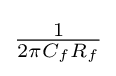
{\tfrac {1}{2\pi C_{f}R_{f}}}